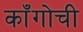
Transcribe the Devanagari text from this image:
काँगोची